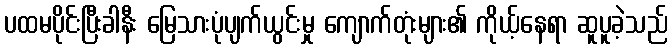
ပထမပိုင်းပြီးခါနီး မြေသားပုံပျက်ယွင်းမှု ကျောက်တုံးများ၏ ကိုယ့်နေရာ ဆူပူခဲ့သည်